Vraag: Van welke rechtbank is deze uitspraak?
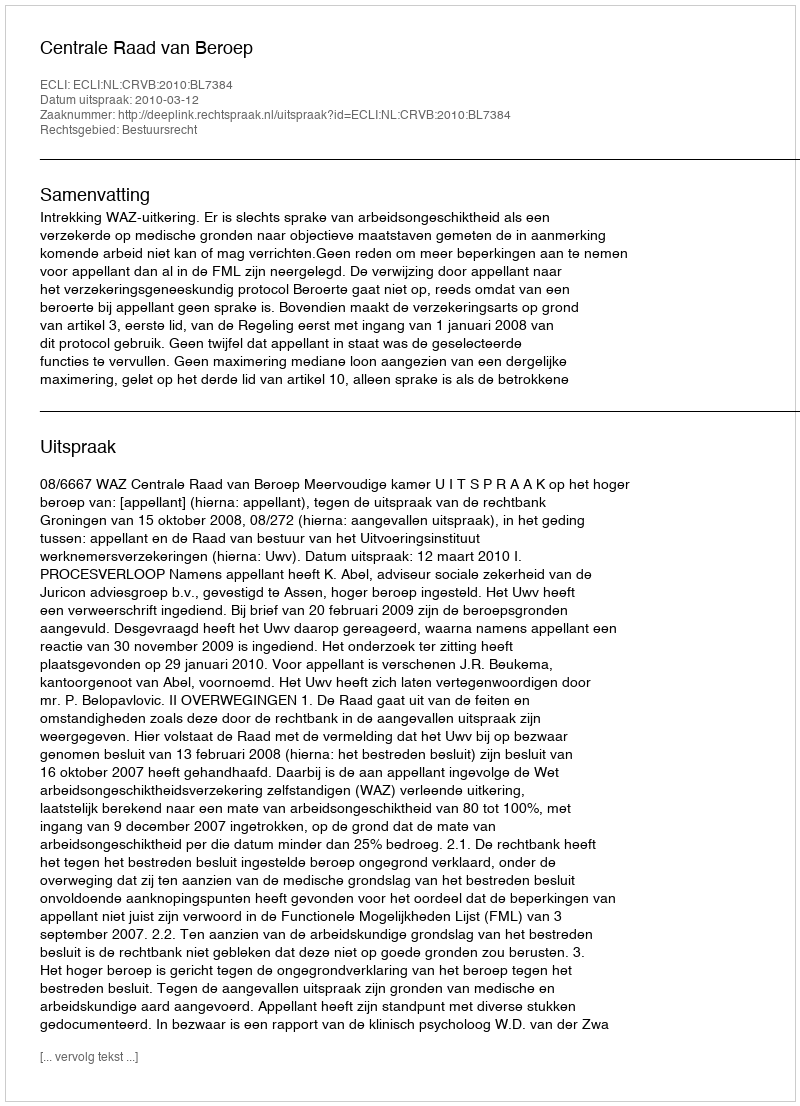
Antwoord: Centrale Raad van Beroep